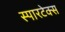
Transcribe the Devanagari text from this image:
स्पारटेक्स